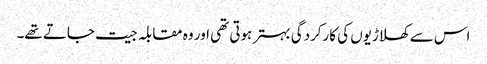
اس سے کھلاڑیوں کی کارکردگی بہتر ہوتی تھی اور وہ مقابلہ جیت جاتے تھے۔